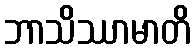
ဘာသိဿာမာတိ